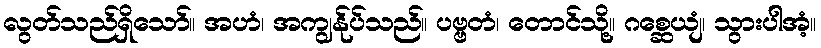
လွတ်သည်ရှိသော်။ အဟံ၊ အကျွန်ုပ်သည်။ ပဗ္ဗတံ၊ တောင်သို့။ ဂစ္ဆေယျံ၊ သွားပါအံ့။